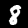
Label: 8